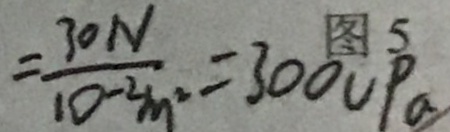
= \frac { 3 0 N } { 1 0 ^ { - 2 } m ^ { 2 } } = 3 0 0 0 P a